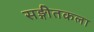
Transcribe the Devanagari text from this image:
सङ्गीतकला